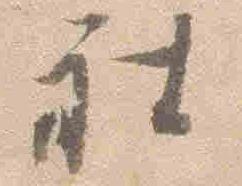
被